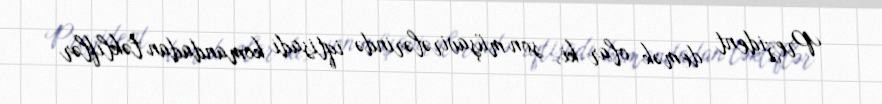
Prezident demək olar ki, son müşavirələrində iqtisadi komandadan təkliflər